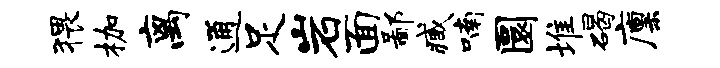
猥枷离通足岩面鄙臧喃圜堆碣廪